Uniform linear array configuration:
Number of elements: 48
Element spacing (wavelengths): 1
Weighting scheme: hann
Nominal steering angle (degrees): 0
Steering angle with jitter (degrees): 1.197
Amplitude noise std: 0.05
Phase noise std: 0.05

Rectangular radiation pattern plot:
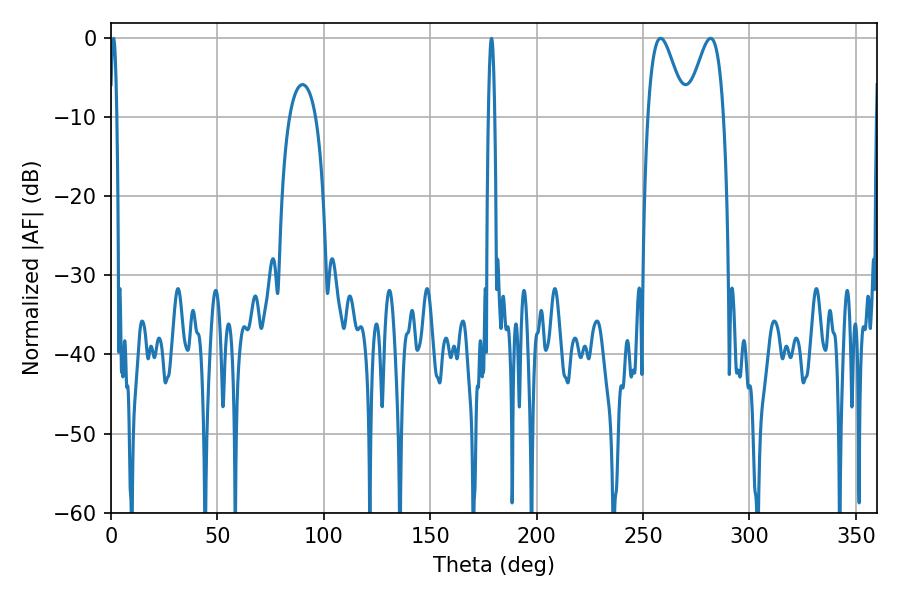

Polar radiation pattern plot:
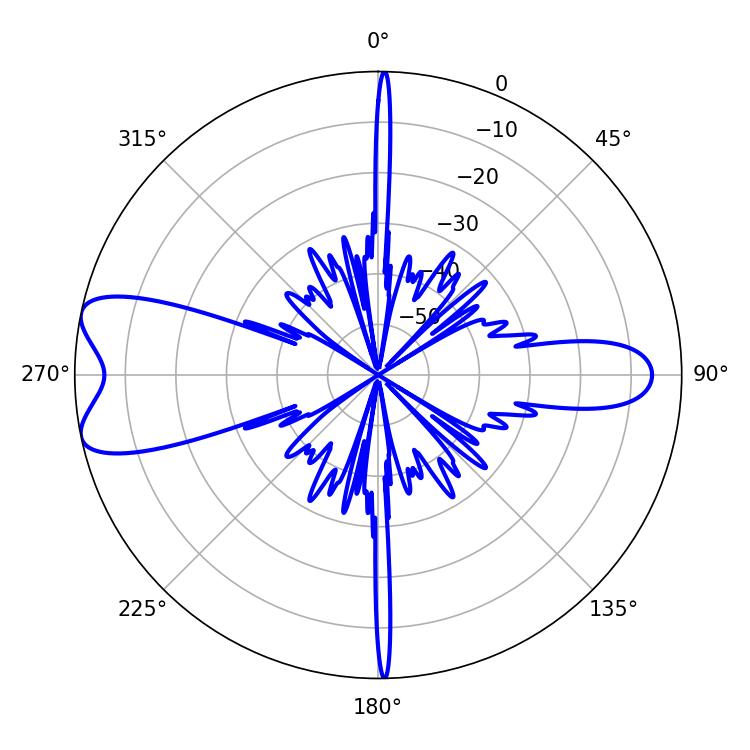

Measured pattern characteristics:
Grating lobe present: TRUE
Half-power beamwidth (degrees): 9.18
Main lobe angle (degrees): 258.3